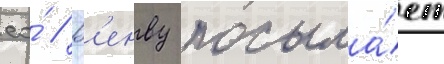
ео́ // В'енву посыла́ет